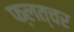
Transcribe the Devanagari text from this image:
फ्लत्चर